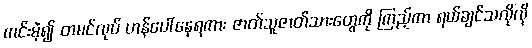
ကင်းမဲ့၍ တမင်လုပ် ဟန်ပေါ်နေရကား ဇာတ်သူဇာတ်သားတွေကို ကြည့်ကာ ရယ်ချင်သလိုလို